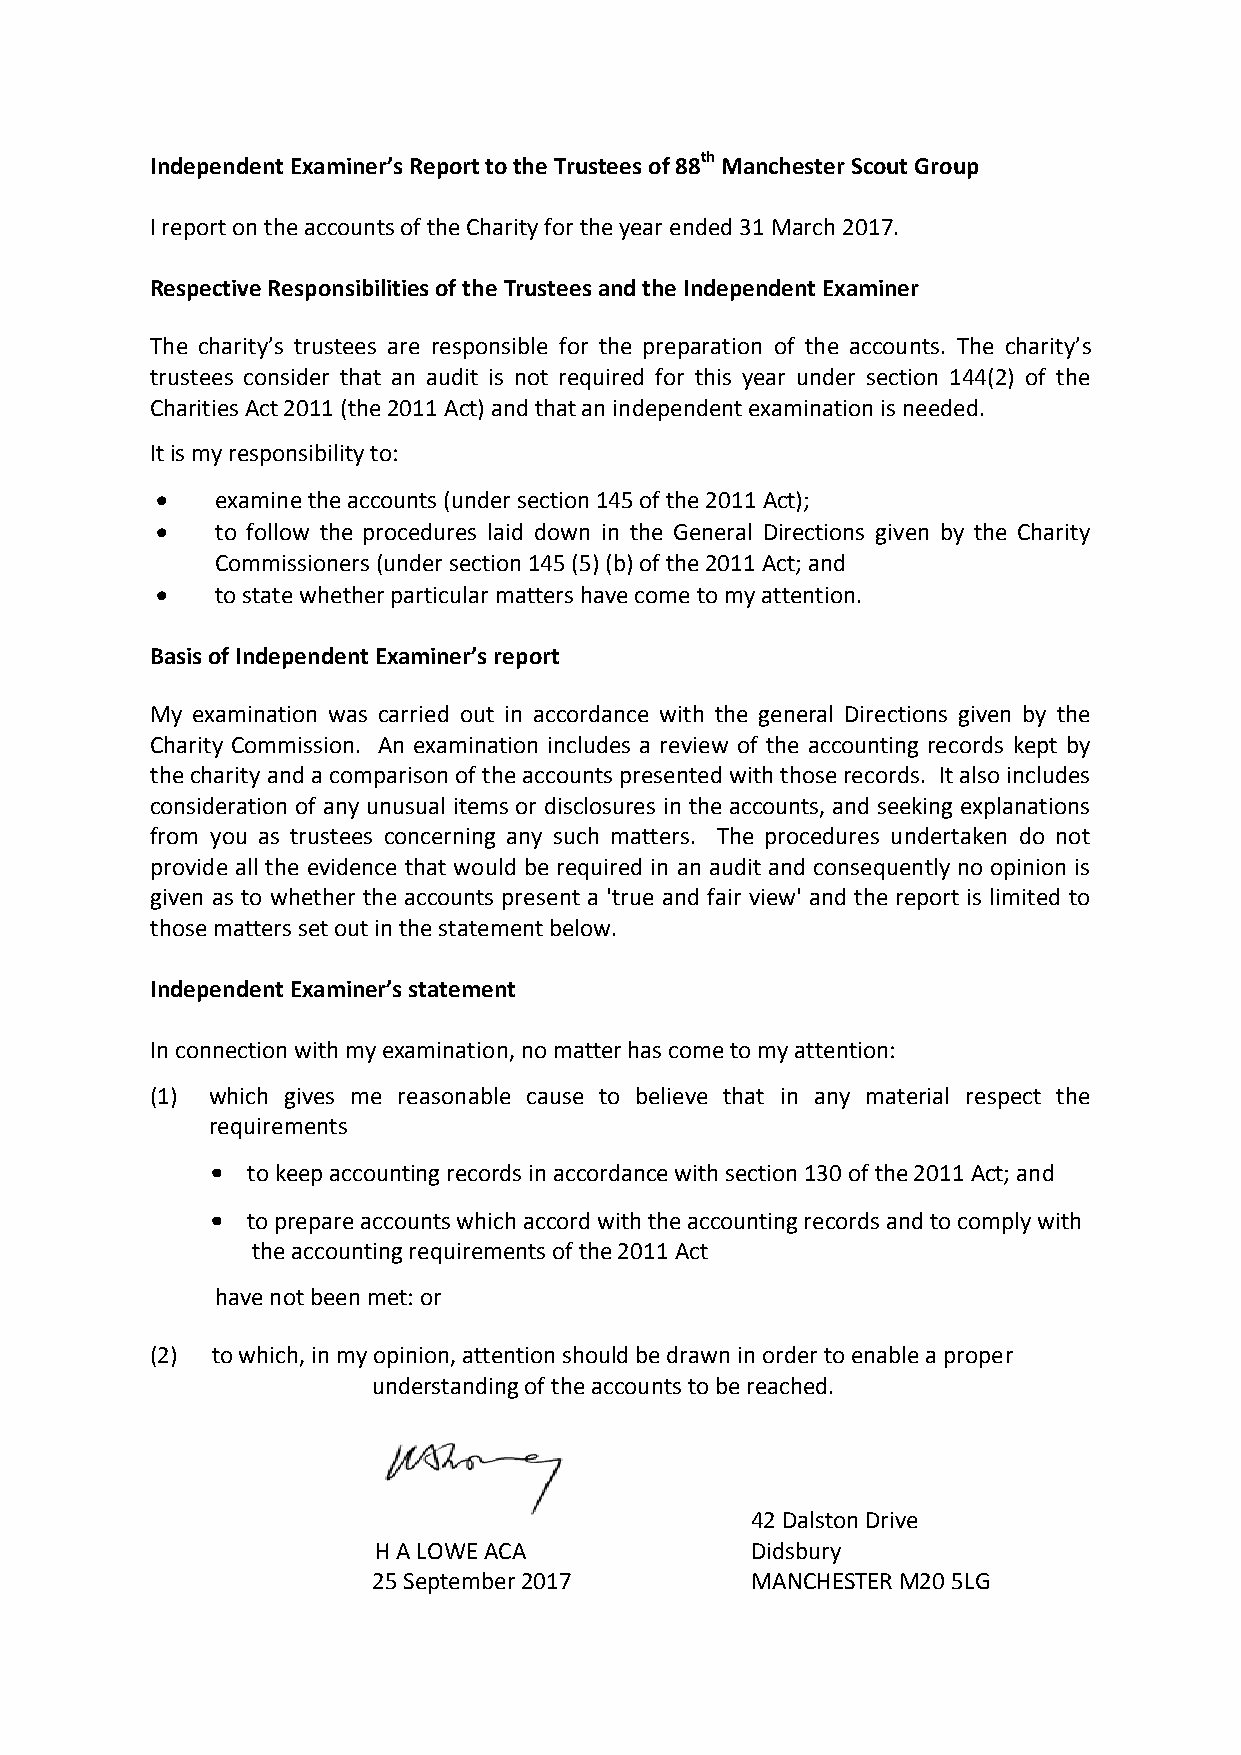
Independent Examiner’s Report to the Trustees of 88th Manchester Scout Group
 I report on the accounts of the Charity for the year ended 31 March 2017.
 Respective Responsibilities of the Trustees and the Independent Examiner
 The charity’s trustees are responsible for the preparation of the accounts. The charity’s
 trustees consider that an audit is not required for this year under section 144(2) of the
 Charities Act 2011 (the 2011 Act) and that an independent examination is needed.
 It is my responsibility to:
    examine the accounts (under section 145 of the 2011 Act);
    to follow the procedures laid down in the General Directions given by the Charity
 Commissioners (under section 145 (5) (b) of the 2011 Act; and
    to state whether particular matters have come to my attention.
 Basis of Independent Examiner’s report
 My examination was carried out in accordance with the general Directions given by the
 Charity Commission. An examination includes a review of the accounting records kept by
 the charity and a comparison of the accounts presented with those records. It also includes
 consideration of any unusual items or disclosures in the accounts, and seeking explanations
 from you as trustees concerning any such matters. The procedures undertaken do not
 provide all the evidence that would be required in an audit and consequently no opinion is
 given as to whether the accounts present a 'true and fair view' and the report is limited to
 those matters set out in the statement below.
 Independent Examiner’s statement
 In connection with my examination, no matter has come to my attention:
 (1) which gives me reasonable cause to believe that in any material respect the
 requirements
 • to keep accounting records in accordance with section 130 of the 2011 Act; and
 • to prepare accounts which accord with the accounting records and to comply with
 the accounting requirements of the 2011 Act
 have not been met: or
 (2) to which, in my opinion, attention should be drawn in order to enable a proper
 understanding of the accounts to be reached.
 42 Dalston Drive
 H A LOWE ACA             Didsbury
 25 September 2017        MANCHESTER M20 5LG